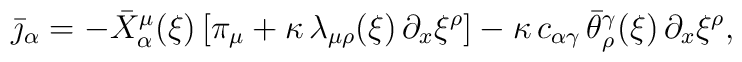
\bar \jmath_\alpha = - \bar X_\alpha^\mu(\xi) \, [\pi_\mu +\kappa \, \lambda_{\mu \rho}(\xi) \, \partial_x \xi^\rho] - \kappa \,c_{\alpha \gamma} \, \bar \theta^\gamma_\rho (\xi) \, \partial_x\xi^\rho,